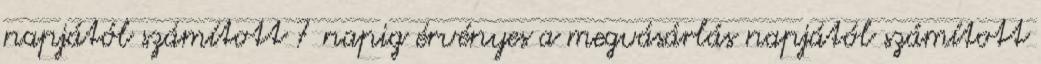
napjától számított 7 napig érvényes a megvásárlás napjától számított